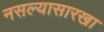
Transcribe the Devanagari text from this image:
नसल्यासारखा